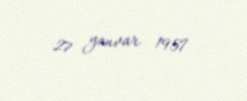
27 yanvar 1957